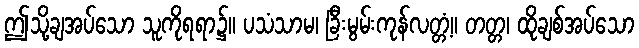
ဤသို့ချအပ်သော သူကိုရရာ၌။ ပသံသာမ၊ ခြီးမွမ်းကုန်လတ္တံ့။ တတ္တ၊ ထိုချစ်အပ်သော